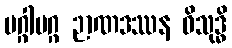
မဂ္ဂါမဂ္ဂ ဉာဏဒဿန ဝိသုဒ္ဓိ